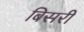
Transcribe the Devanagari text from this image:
बिसरीं